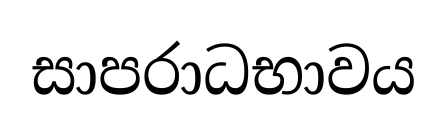
සාපරාධභාවය